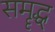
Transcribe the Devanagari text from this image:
समॄद्ध्